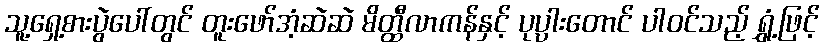
သူ့ရှေ့စားပွဲပေါ်တွင် တူးဖော်အံ့ဆဲဆဲ မိတ္ထီလာကန်နှင့် ပုပ္ပားတောင် ပါဝင်သည့် ရွှံ့ဖြင့်